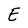
Character: E